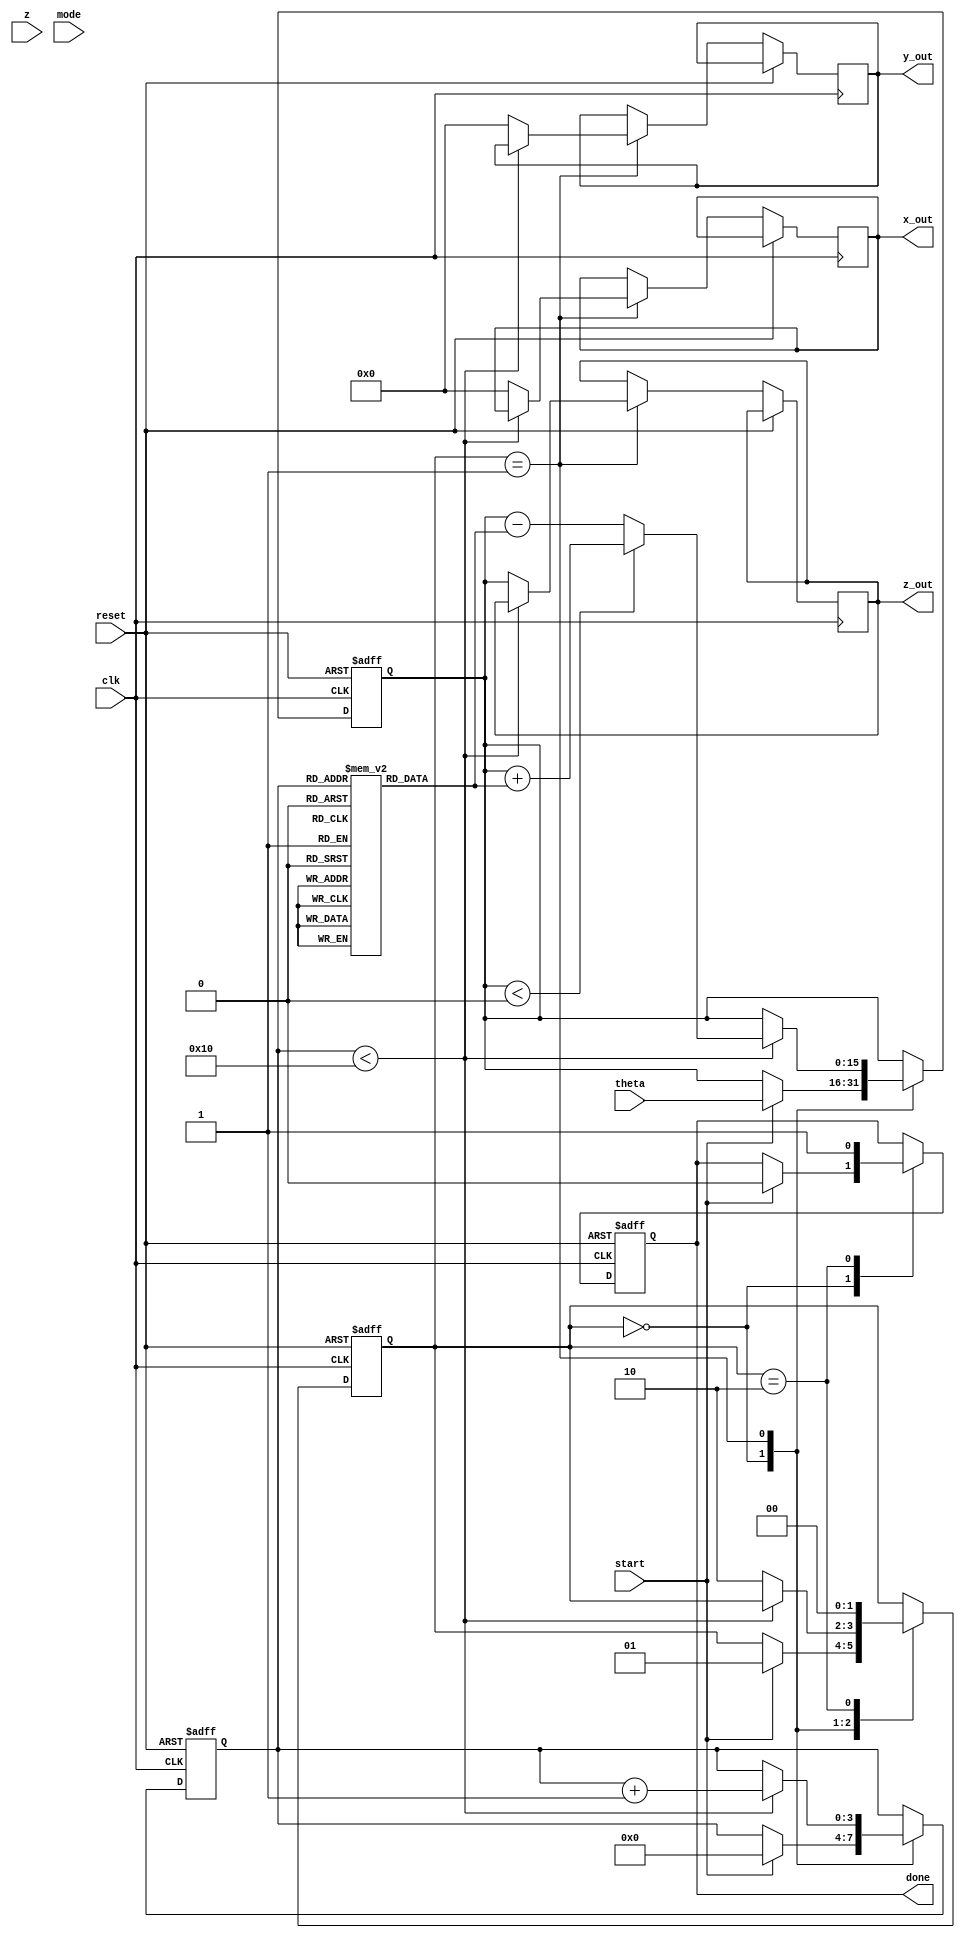
module cordic (
    input wire clk,
    input wire reset,
    input wire start,
    input wire [15:0] theta, // Angle input in fixed-point representation
    input wire [15:0] z,     // Magnitude input in fixed-point representation
    input wire [1:0] mode,   // Operation mode: 00 - sine, 01 - cosine, 10 - hyperbolic, 11 - multiplication
    output reg [15:0] x_out,  // X output
    output reg [15:0] y_out,  // Y output
    output reg [15:0] z_out,  // Z output
    output reg done           // Done signal
);

    // Internal parameters
    parameter N = 16; // Number of iterations
    parameter SCALE_FACTOR = 16'h26DD; // Scaling factor (approx. 0.607)

    // Lookup table for arctangent values
    reg [15:0] atan_table [0:N-1];
    initial begin
        // Precomputed arctangent values (in fixed-point format)
        atan_table[0] = 16'h2000; // atan(2^-0)
        atan_table[1] = 16'h1000; // atan(2^-1)
        atan_table[2] = 16'h0800; // atan(2^-2)
        atan_table[3] = 16'h0400; // atan(2^-3)
        atan_table[4] = 16'h0200; // atan(2^-4)
        atan_table[5] = 16'h0100; // atan(2^-5)
        atan_table[6] = 16'h0080; // atan(2^-6)
        atan_table[7] = 16'h0040; // atan(2^-7)
        atan_table[8] = 16'h0020; // atan(2^-8)
        atan_table[9] = 16'h0010; // atan(2^-9)
        atan_table[10] = 16'h0008; // atan(2^-10)
        atan_table[11] = 16'h0004; // atan(2^-11)
        atan_table[12] = 16'h0002; // atan(2^-12)
        atan_table[13] = 16'h0001; // atan(2^-13)
        atan_table[14] = 16'h0001; // atan(2^-14)
        atan_table[15] = 16'h0000; // atan(2^-15)
    end

    // Internal registers
    reg [15:0] x, y, z_reg;
    reg [3:0] iteration;
    reg [1:0] state;

    // State machine states
    localparam IDLE = 2'b00, COMPUTE = 2'b01, DONE = 2'b10;

    // Control logic
    always @(posedge clk or posedge reset) begin
        if (reset) begin
            state <= IDLE;
            done <= 0;
            iteration <= 0;
            x <= 0;
            y <= 0;
            z_reg <= 0;
        end else begin
            case (state)
                IDLE: begin
                    if (start) begin
                        // Initialize values
                        x <= z; // Initial magnitude
                        y <= 0; // Initial y-coordinate
                        z_reg <= theta; // Initial angle
                        iteration <= 0;
                        state <= COMPUTE;
                        done <= 0;
                    end
                end

                COMPUTE: begin
                    if (iteration < N) begin
                        // CORDIC rotation
                        if (z_reg < 0) begin
                            x <= x + (y >>> iteration);
                            y <= y - (x >>> iteration);
                            z_reg <= z_reg + atan_table[iteration];
                        end else begin
                            x <= x - (y >>> iteration);
                            y <= y + (x >>> iteration);
                            z_reg <= z_reg - atan_table[iteration];
                        end
                        iteration <= iteration + 1;
                    end else begin
                        // Final scaling
                        x_out <= x * SCALE_FACTOR >>> 16; // Scale the output
                        y_out <= y * SCALE_FACTOR >>> 16; // Scale the output
                        z_out <= z_reg; // Final angle
                        state <= DONE;
                    end
                end

                DONE: begin
                    done <= 1; // Signal that computation is done
                    state <= IDLE; // Go back to IDLE state
                end
            endcase
        end
    end
endmodule